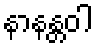
နာနန္တဝါ